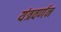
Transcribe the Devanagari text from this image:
यंत्रवर्णन